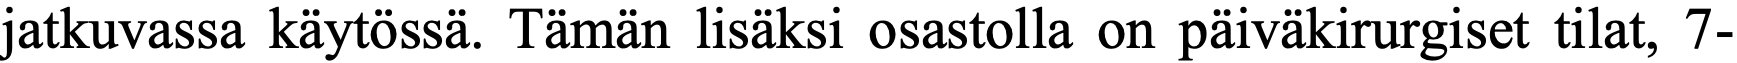
jatkuvassa käytössä. Tämän lisäksi osastolla on päiväkirurgiset tilat, 7-